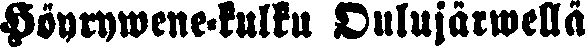
Höyrywene-kulku Oulujärwellä